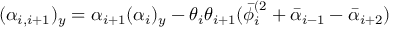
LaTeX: ( \alpha _ { i , i + 1 } ) _ { y } = \alpha _ { i + 1 } ( \alpha _ { i } ) _ { y } - \theta _ { i } \theta _ { i + 1 } ( \bar { \phi } _ { i } ^ { ( 2 } + \bar { \alpha } _ { i - 1 } - \bar { \alpha } _ { i + 2 } )